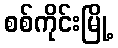
စစ်ကိုင်းမြို့